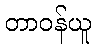
တာဝန်ယူ